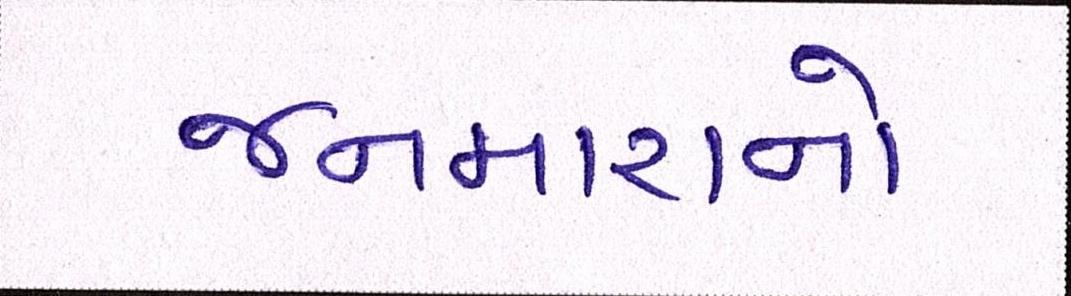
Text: જનમારાનો